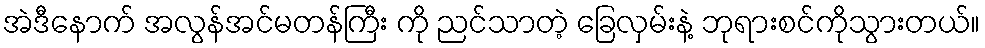
အဲဒီနောက် အလွန်အင်မတန်ကြီး ကို ညင်သာတဲ့ ခြေလှမ်းနဲ့ ဘုရားစင်ကိုသွားတယ်။